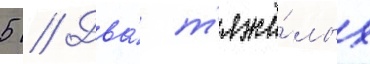
5 // Два́ т'яжё́лых